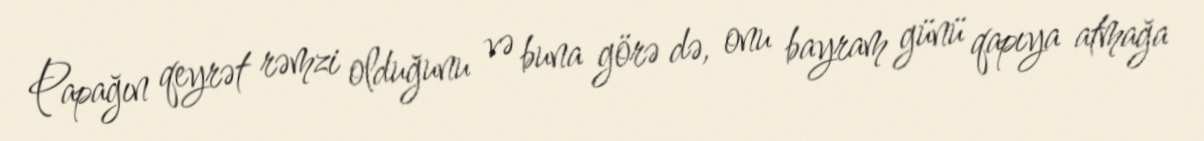
Papağın qeyrət rəmzi olduğunu və buna görə də, onu bayram günü qapıya atmağa